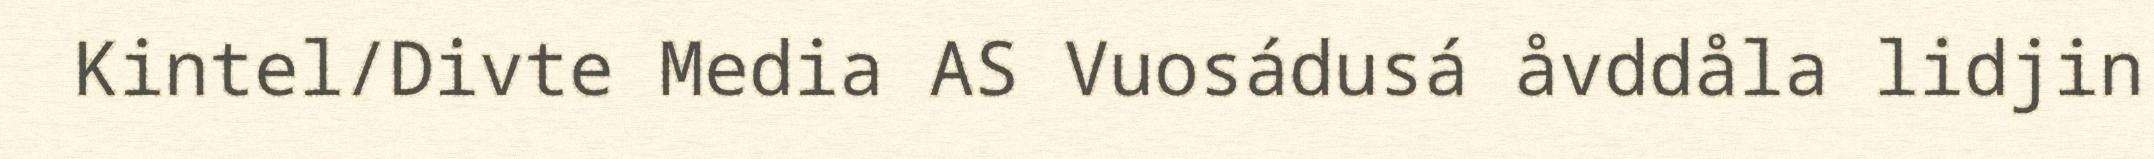
Kintel/Divte Media AS Vuosádusá åvddåla lidjin